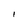
Character: I